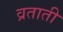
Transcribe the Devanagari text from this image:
व्रताती